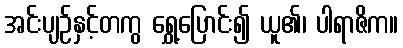
အင်းပျဉ်နှင့်တကွ ရွှေ့ပြောင်း၍ ယူ၏၊ ပါရာဇိက။